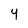
Character: Y